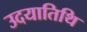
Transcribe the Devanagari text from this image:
उदयातिथि